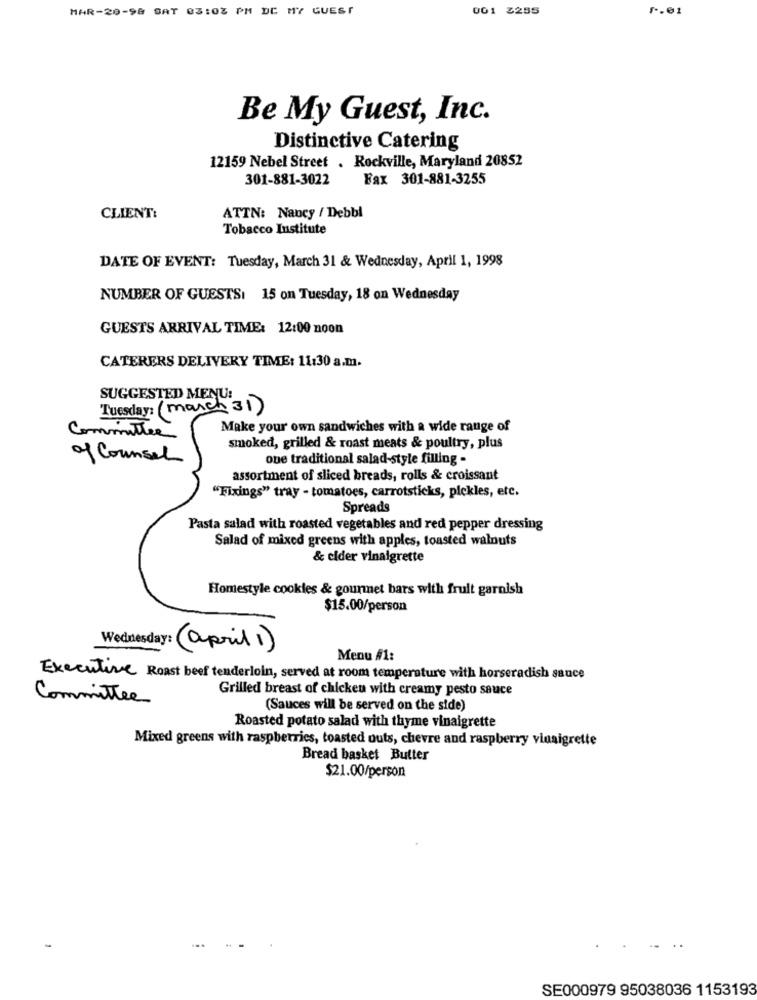
HAR-20-98 SAT 03:03 PM DC MY GUEST
001 3255
r.01
Be My Guest, Inc.
Distinctive Catering
12159 Nebel Street . Rockville, Maryland 20852
301-881-3022
Fax 301-881-3255
CLIENT:
ATTN: Nancy / Debbl
Tobacco Institute
DATE OF EVENT: Tuesday, March 31 & Wednesday, April 1, 1998
NUMBER OF GUESTS: 15 on Tuesday, 18 on Wednesday
GUESTS ARRIVAL TIME: 12:00 noon
CATERERS DELIVERY TIME: 11:30 a.m.
SUGGESTED MENU:
Tuesday: ( march 31)
Make your own sandwiches with a wide range of
Committee
smoked, grilled & roast meats & poultry, plus
of Counsel
obe traditional salad-style filling .
assortment of sliced breads, rolls & croissant
"Fixings" tray - tomatoes, carrotsticks, pickles, etc.
Spreads
Pasta salad with roasted vegetables and red pepper dressing
Salad of mixed greens with apples, toasted walnuts
& cider vinaigrette
Homestyle cookies & gourmet bars with fruit garnish
$15.00/person
Wednesday: (april 1)
Menu #1:
Executive Roast beef tenderloin, served at room temperature with horseradish sauce
Grilled breast of chicken with creamy pesto sauce
Committee
(Sauces will be served on the side)
Roasted potato salad with thyme vinaigrette
Mixed greens with raspberries, toasted outs, chevre and raspberry vinaigrette
Bread basket Butter
$21.00/person
SE000979 95038036 1153193